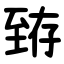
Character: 臶